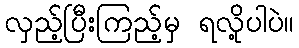
လှည့်ပြီးကြည့်မှ ရလို့ပါပဲ။